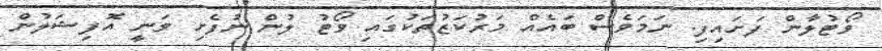
ވޯޓުލާން ފަށައިފި. ނަމަވެސް ބައެއް މަރުކަޒުތަކުގައި ވޯޓު ލުން ނުފެށި ވަނީ އޮފިޝަލުން